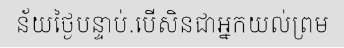
ន័យថ្ងៃបន្ទាប់.បើសិនជាអ្នកយល់ព្រម